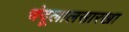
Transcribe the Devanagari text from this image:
चंदूलालसारखा